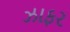
ઝાફર